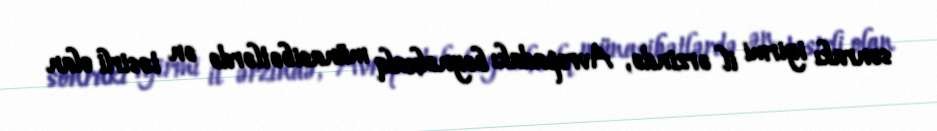
sonrakı iyirmi il ərzində, Avropadakı beynəlxalq münasibətlərdə ən təsirli olan